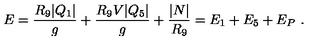
E = { \frac { R _ { 9 } | Q _ { 1 } | } { g } } + { \frac { R _ { 9 } V | Q _ { 5 } | } { g } } + { \frac { | N | } { R _ { 9 } } } = E _ { 1 } + E _ { 5 } + E _ { P } \ .